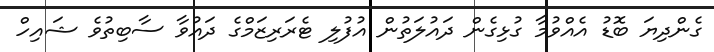
ގެންދިޔަ ބޮޑު އެއްވުމާ ގުޅިގެން ދައުލަތުން އުފުލި ޓެރަރިޒަމްގެ ދައުވާ ސާބިތުވެ ޝައިހް